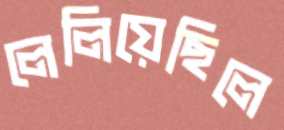
লেলিয়েছিলে